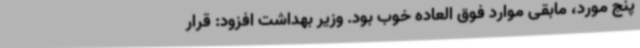
پنج مورد، مابقی موارد فوق العاده خوب بود. وزیر بهداشت افزود: قرار